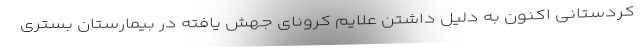
کردستانی اکنون به دلیل داشتن علایم کرونای جهش یافته در بیمارستان بستری